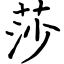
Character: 莎